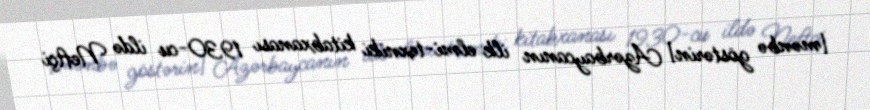
[mənbə göstərin] Azərbaycanın ilk elmi-texniki kitabxanası 1930-cu ildə Neftçi